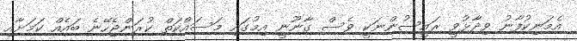
އެމަނިކުފާނު ވިދާޅުވީ ރައީސުންނަކީ ވެސް ގާނޫނީ އިމުގައި މަސައްކަތް ކުރަންޖެހޭނެ ބައެއް ކަމަށާއި